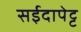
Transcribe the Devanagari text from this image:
सईदापेट्ट